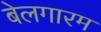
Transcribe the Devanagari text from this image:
बेलगारम